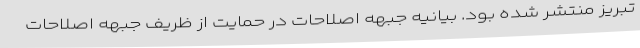
تبریز منتشر شده بود. بیانیه جبهه اصلاحات در حمایت از ظریف جبهه اصلاحات